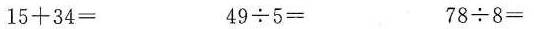
$$1 5 + 3 4 =$$ $$4 9 \ d i v 5 =$$ $$ 7 8 \ d i v 8 =$$